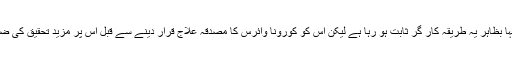
انھوں نے کہا بظاہر یہ طریقہ کار گر ثابت ہو رہا ہے لیکن اس کو کورونا وائرس کا مصدقہ علاج قرار دینے سے قبل اس پر مزید تحقیق کی ضرورت ہے۔